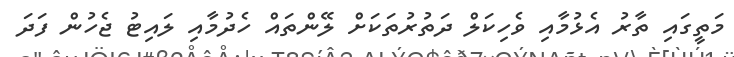
މަތީގައި ތާރު އެޅުމާއި ވެހިކަލް ދަތުރުތަކަށް ލޭންތައް ހެދުމާއި ލައިޓު ޖެހުން ފަދަ